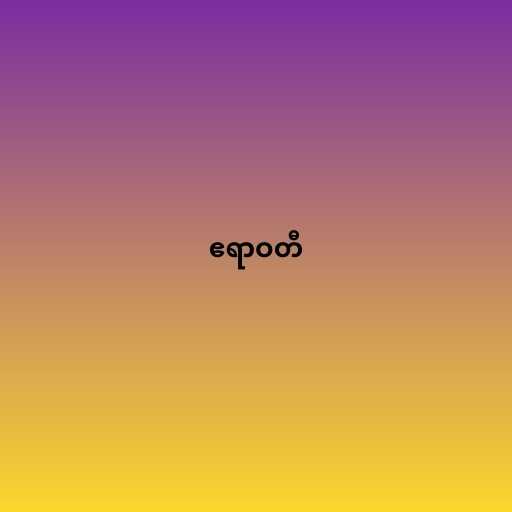
ဧရာဝတီ